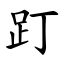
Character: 䟓